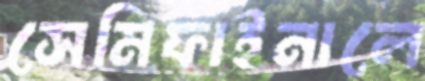
সেমিফাইনালে